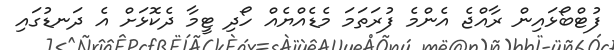
ފުޓްބޯޅައިން ރާއްޖެ އެންމެ ފުރަތަމަ މެޑެއްޔެއް ހޯދި ޓީމާ ދެކޮޅަށް އެ ދަނޑުގައި